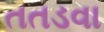
તતડવા